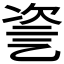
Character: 𠃻